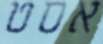
אסט